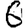
Digit: 6